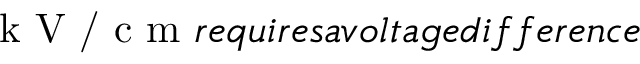
\textrm { k V / c m } r e q u i r e s a v o l t a g e d i f f e r e n c e